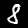
Digit: 8